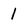
Character: 1